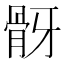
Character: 𩨠